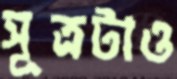
সূত্রটাও